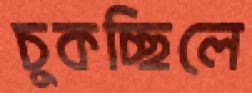
চুকচ্ছিলে